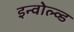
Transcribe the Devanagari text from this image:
इन्वोल्व्ड